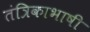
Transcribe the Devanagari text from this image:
तंत्रिकाभाषी